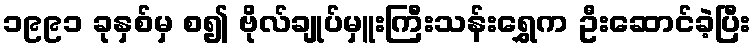
၁၉၉၁ ခုနှစ်မှ စ၍ ဗိုလ်ချုပ်မှူးကြီးသန်းရွှေက ဦးဆောင်ခဲ့ပြီး